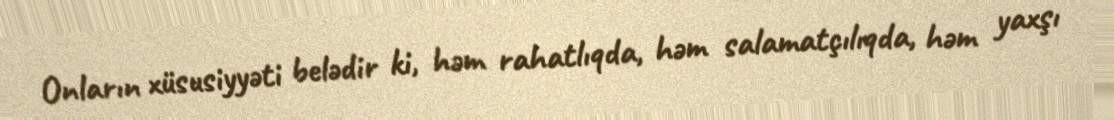
Onların xüsusiyyəti belədir ki, həm rahatlıqda, həm salamatçılıqda, həm yaxşı